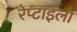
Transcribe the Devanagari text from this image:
रेप्टाइलों